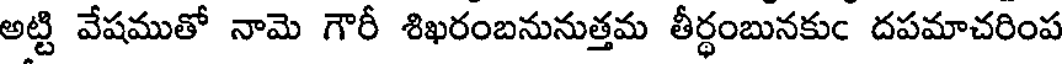
అట్టి వేషముతో నామె గౌరీ శిఖరంబనునుత్తమ తీర్ధంబునకుం దపమాచరింప